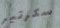
سكرتير